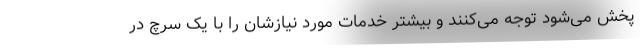
پخش می‌شود توجه می‌کنند و بیشتر خدمات مورد نیازشان را با یک سرچ در